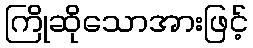
ကြိုဆိုသောအားဖြင့်